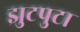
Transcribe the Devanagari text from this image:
झुटपुटा